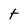
Character: t